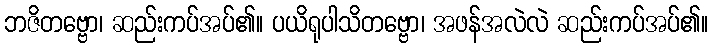
ဘဇိတဗ္ဗော၊ ဆည်းကပ်အပ်၏။ ပယိရုပါသိတဗ္ဗော၊ အဖန်အလဲလဲ ဆည်းကပ်အပ်၏။